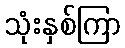
သုံးနှစ်ကြာ